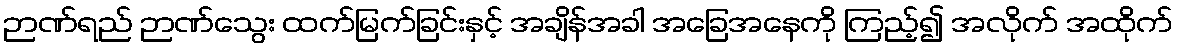
ဉာဏ်ရည် ဉာဏ်သွေး ထက်မြက်ခြင်းနှင့် အချိန်အခါ အခြေအနေကို ကြည့်၍ အလိုက် အထိုက်